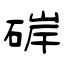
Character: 硸